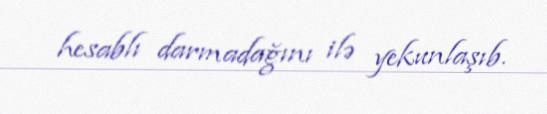
hesablı darmadağını ilə yekunlaşıb.